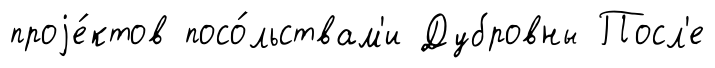
проjе́ктов посо́льствам'и Дубровны Посл'е